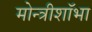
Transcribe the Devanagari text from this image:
मोन्त्रीशाॅभा